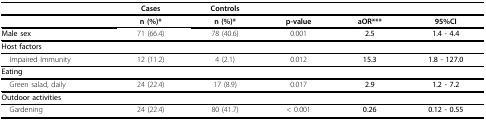
<table><thead><tr><td></td><td><b>Cases</b></td><td><b>Controls</b></td><td></td><td></td><td></td></tr></thead><tbody><tr><td></td><td><b>n (%)</b>*</td><td><b>n (%)</b>*</td><td><b>p-value</b></td><td><b>aOR***</b></td><td><b>95%CI</b></td></tr><tr><td><b>Male sex</b></td><td>71 (66.4)</td><td>78 (40.6)</td><td>0.001</td><td><b>2.5</b></td><td><b>1.4 - 4.4</b></td></tr><tr><td><b>Host factors</b></td><td></td><td></td><td></td><td></td><td></td></tr><tr><td> Impaired Immunity</td><td>12 (11.2)</td><td>4 (2.1)</td><td>0.012</td><td><b>15.3</b></td><td><b>1.8 - 127.0</b></td></tr><tr><td><b>Eating</b></td><td></td><td></td><td></td><td></td><td></td></tr><tr><td> Green salad, daily</td><td>24 (22.4)</td><td>17 (8.9)</td><td>0.017</td><td><b>2.9</b></td><td><b>1.2 - 7.2</b></td></tr><tr><td><b>Outdoor activities</b></td><td></td><td></td><td></td><td></td><td></td></tr><tr><td> Gardening</td><td>24 (22.4)</td><td>80 (41.7)</td><td>&lt; 0.001</td><td><b>0.26</b></td><td><b>0.12 - 0.55</b></td></tr></tbody></table>